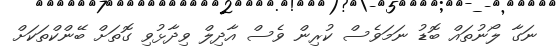
ނަގާ ލޯނުތައް ބޮޑު ނަމަވެސް ކުރިން ވެސް އާދިލް ވިދާޅުވި ގޮތަށް ބޭންކްތަކަށް